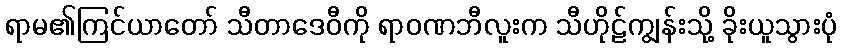
ရာမ၏ကြင်ယာတော် သီတာဒေဝီကို ရာဝဏဘီလူးက သီဟိုဠ်ကျွန်းသို့ ခိုးယူသွားပုံ